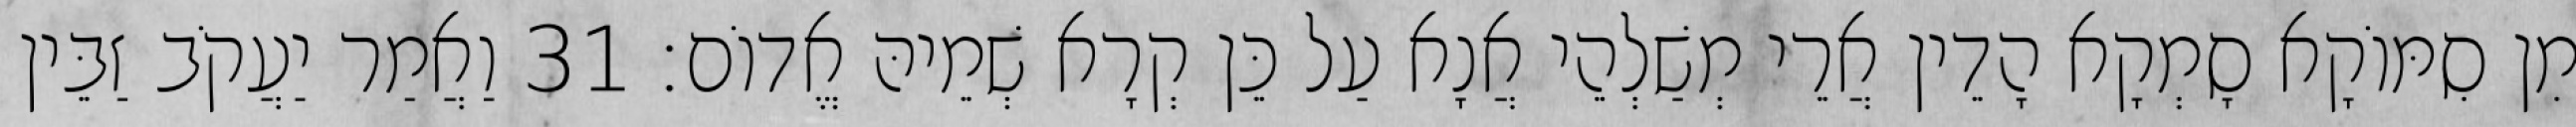
מִן סִמּוֹקָא סָמְקָא הָדֵין אֲרֵי מְשַׁלְהֵי אֲנָא עַל כֵּן קְרָא שְׁמֵיהּ אֱדוֹם׃ 31 וַאֲמַר יַעֲקֹב זַבֵּין